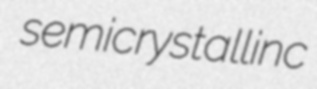
semicrystallinc